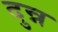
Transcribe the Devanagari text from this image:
दुन्न